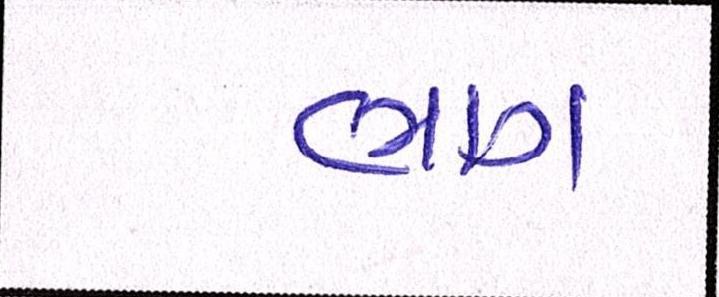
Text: ભાગ